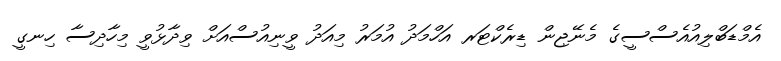
އެމްޑަބްލިއުއެސްސީގެ މެނޭޖިން ޑިރެކްޓަރ އަހްމަދު އުމަރު މިއަދު ވީނިއުސްއަށް ވިދާޅުވީ މިހާދިސާ ހިނގީ